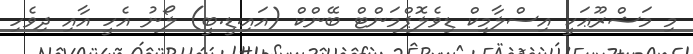
މި މަޝްރޫޢަކީ އިސްލާމިކް ޑިވެލޮޕްމަންޓް ބޭންކް (އައި.ޑީ.ބީ) ލޯނު އެހީ އާއި ދިވެހި